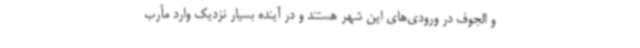
و الجوف در ورودی‌های این شهر هستند و در آینده بسیار نزدیک وارد مأرب